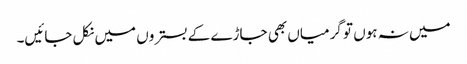
میں نہ ہوں تو گرمیاں بھی جاڑے کے بستروں میں نکل جائیں۔